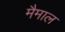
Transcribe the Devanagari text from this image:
मैमाल